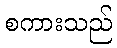
စကားသည်